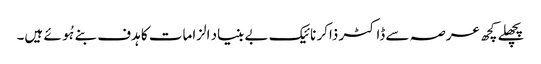
پچھلے کچھ عرصہ سے ڈاکٹر ذاکر نائیک بے بنیاد الزامات کا ہدف بنے ہُوئے ہیں۔